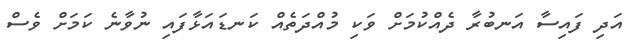
އަދި ފައިސާ އަނބުރާ ދެއްކުމަށް ވަކި މުއްދަތެއް ކަނޑައަޅާފައި ނުވާނެ ކަމަށް ވެސް